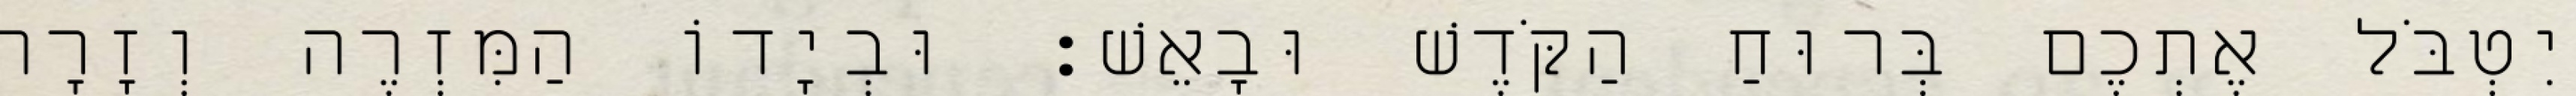
יִטְבֹּל אֶתְכֶם בְּרוּחַ הַקֹּדֶשׁ וּבָאֵשׁ׃ וּבְיָדוֹ הַמִּזְרֶה וְזָרָה